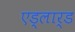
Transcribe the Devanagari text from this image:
एड्लार्ड